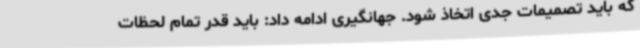
که باید تصمیمات جدی اتخاذ شود. جهانگیری ادامه داد: باید قدر تمام لحظات